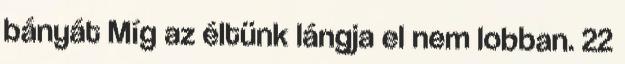
bányát Míg az éltünk lángja el nem lobban. 22